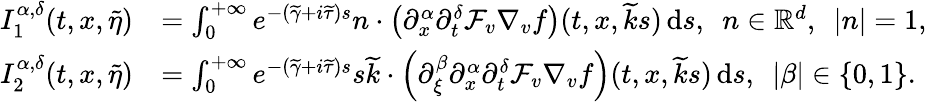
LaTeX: \begin{array}{rl}{I_{1}^{\alpha,\delta}(t,x,\widetilde{\eta})}&{=\int_{0}^{+\infty}e^{-(\widetilde{\gamma}+i\widetilde{\tau})s}n\cdot\left(\partial_{x}^{\alpha}\partial_{t}^{\delta}\mathcal{F}_{v}\nabla_{v}f\right)(t,x,\widetilde{k}s)\, \mathrm{d}s,\ \ n\in\mathbb R^{d},\ \ \vert n\vert=1,}\\ {I_{2}^{\alpha,\delta}(t,x,\widetilde{\eta})}&{=\int_{0}^{+\infty}e^{-(\widetilde{\gamma}+i\widetilde{\tau})s}s\widetilde{k}\cdot\left(\partial_{\xi}^{\beta}\partial_{x}^{\alpha}\partial_{t}^{\delta}\mathcal{F}_{v}\nabla_{v}f\right)(t,x,\widetilde{k}s)\, \mathrm{d}s,\ \ \vert\beta\vert\in\lbrace 0,1\rbrace.}\end{array}